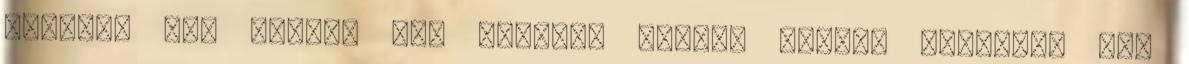
beüljön egy órára, ami örömére legyen mondva abszolút nem